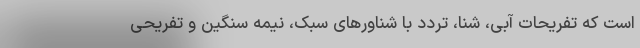
است که تفریحات آبی، شنا، تردد با شناورهای سبک، نیمه سنگین و تفریحی